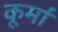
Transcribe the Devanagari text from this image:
कूर्मा